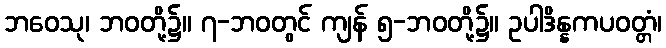
ဘဝေသု၊ ဘဝတို့၌။ ၇-ဘဝတွင် ကျန် ၅-ဘဝတို့၌။ ဥပါဒိန္နကပဝတ္တံ၊